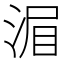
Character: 𣷍